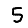
Digit: 5